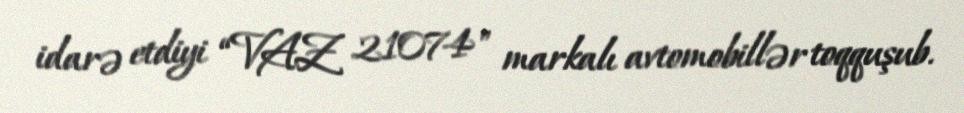
idarə etdiyi “VAZ 21074" markalı avtomobillər toqquşub.